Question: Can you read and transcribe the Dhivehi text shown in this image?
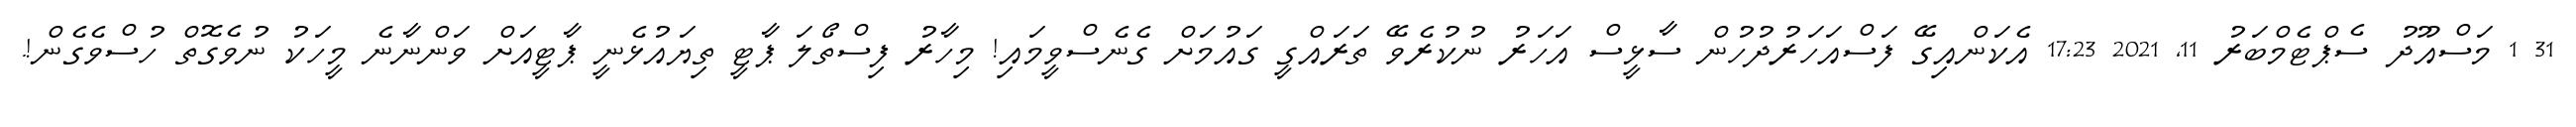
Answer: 31 1 މަސްއޫދު ސެޕްޓެމްބަރު 11, 2021 17:23 އެކަންއިގޭ ފަސްއަހަރުދުހުން ސާޅީސް އަހަރު ނުކުރެވޭ ތަރައްގީ ގައުމަށް ގެނެސްވީމައި! މިހާރު ފިސްތޯލަ ޕާޓީ ތިޔައުޅެނީ ޕާޓީއަށް ވަންނާނެ މީހަކު ނުވެގޮތް ހުސްވެގެން!.